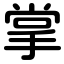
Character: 掌